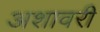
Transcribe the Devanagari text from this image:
अशावरी